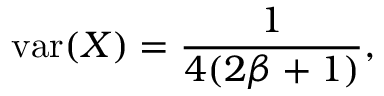
\operatorname { v a r } ( X ) = { \frac { 1 } { 4 ( 2 \beta + 1 ) } } ,